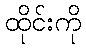
ထိုင်းကို